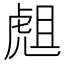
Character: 䖕